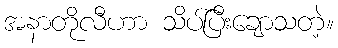
အနာတိုလီဟာ သိပ်ပြီးချောသတဲ့။